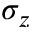
\sigma _ { z }